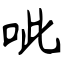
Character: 呲